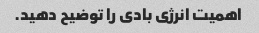
اهمیت انرژی بادی را توضیح دهید.